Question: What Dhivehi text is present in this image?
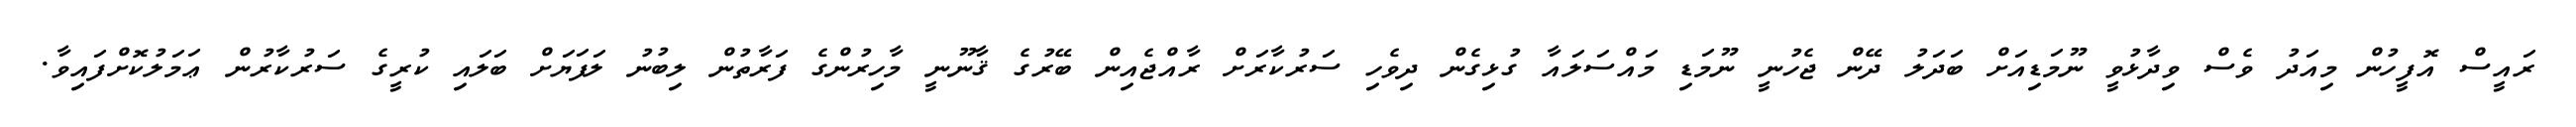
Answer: ރައީސް އޮފީހުން މިއަދު ވެސް ވިދާޅުވީ ނޫމަޑިއަށް ބަދަލު ދޭން ޖެހުނީ ނޫމަޑި މައްސަލައާ ގުޅިގެން ދިވެހި ސަރުކާރަށް ރާއްޖެއިން ބޭރުގެ ޤާނޫނީ މާހިރުންގެ ފަރާތުން ލިބުނު ލަފަޔަށް ބަލައި ކުރީގެ ސަރުކާރުން ޢަމަލުކޮށްފައިވާ.